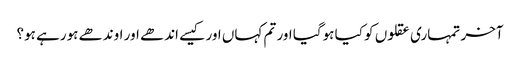
آخر تمہاری عقلوں کو کیا ہوگیا اور تم کہاں اور کیسے اندھے اور اوندھے ہورہے ہو؟